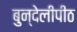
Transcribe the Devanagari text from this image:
बुन्देलीपीठ